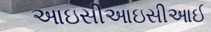
આઇસીઆઇસીઆઈ